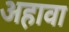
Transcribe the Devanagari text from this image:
अहावा